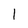
Character: 1